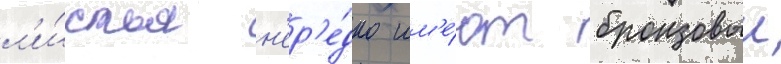
л'и́стья н'ер'е́дко им'е́ют бронзовыи